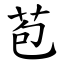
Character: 苞